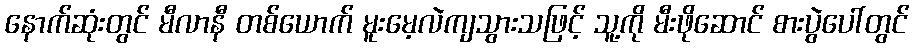
နောက်ဆုံးတွင် မီလာနီ တစ်ယောက် မူးမေ့လဲကျသွားသဖြင့် သူ့ကို မီးဖိုဆောင် စားပွဲပေါ်တွင်